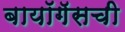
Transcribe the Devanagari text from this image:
बायॉगॅसची